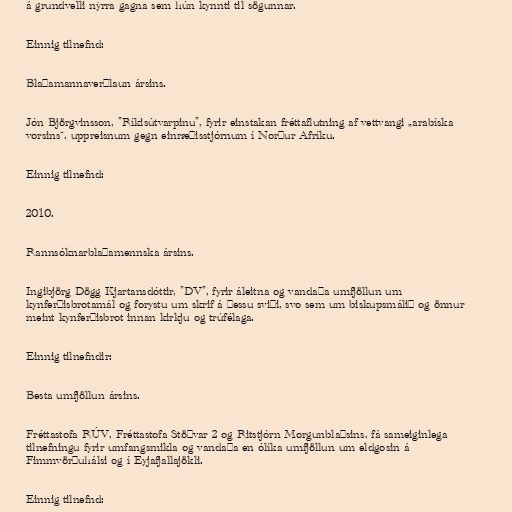
á grundvelli nýrra gagna sem hún kynnti til sögunnar.

Einnig tilnefnd:

Blaðamannaverðlaun ársins.

Jón Björgvinsson, "Ríkisútvarpinu", fyrir einstakan fréttaflutning af vettvangi „arabíska
vorsins“, uppreisnum gegn einræðisstjórnum í Norður Afríku.

Einnig tilnefnd:

2010.

Rannsóknarblaðamennska ársins.

Ingibjörg Dögg Kjartansdóttir, "DV", fyrir áleitna og vandaða umfjöllun um
kynferðisbrotamál og forystu um skrif á þessu sviði, svo sem um biskupsmálið og önnur
meint kynferðisbrot innan kirkju og trúfélaga.

Einnig tilnefndir:

Besta umfjöllun ársins.

Fréttastofa RÚV, Fréttastofa Stöðvar 2 og Ritstjórn Morgunblaðsins, fá sameiginlega
tilnefningu fyrir umfangsmikla og vandaða en ólíka umfjöllun um eldgosin á
Fimmvörðuhálsi og í Eyjafjallajökli.

Einnig tilnefnd: